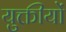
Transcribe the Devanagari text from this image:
युक्तीयों